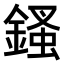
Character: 𨪊